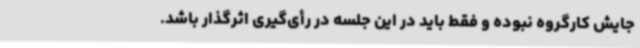
جایش کارگروه نبوده و فقط باید در این جلسه در رأی‌گیری اثرگذار باشد.